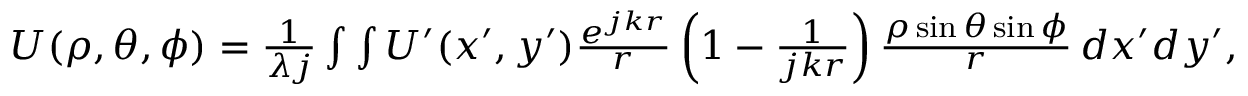
\begin{array} { r } { U ( \rho , \theta , \phi ) = \frac { 1 } { \lambda j } \int \int U ^ { \prime } ( x ^ { \prime } , y ^ { \prime } ) \frac { e ^ { j k r } } { r } \left( 1 - \frac { 1 } { j k r } \right) \frac { \rho \sin { \theta } \sin { \phi } } { r } \, d x ^ { \prime } d y ^ { \prime } , } \end{array}